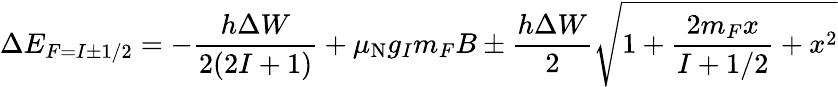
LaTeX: \Delta E_{F=I\pm 1/2}=-{\frac{h\Delta W}{2(2I+1)}}+\mu_{\mathrm{{N}}}g_{I}m_{F}B\pm{\frac{h\Delta W}{2}}{\sqrt{1+{\frac{2m_{F}x}{I+1/2}}+x^{2}}}